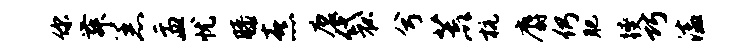
你舞恙盂忧膝熹磨袋兮荒杭麝仍肥躞巧溘